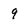
Character: 9